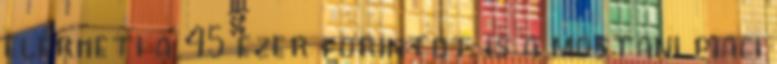
elérheti a 45 ezer forintot is a mostani piaci